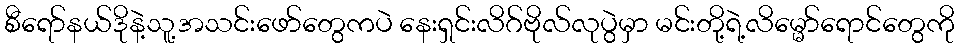
စီရော်နယ်ဒိုနဲ့သူ့အသင်းဖော်တွေကပဲ နေးရှင်းလိဂ်ဗိုလ်လုပွဲမှာ မင်းတို့ရဲ့လိမ္မော်ရောင်တွေကို